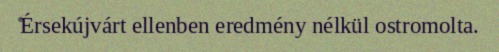
Érsekújvárt ellenben eredmény nélkül ostromolta.